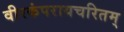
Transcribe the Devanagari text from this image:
वीरकंपरायचरितम्